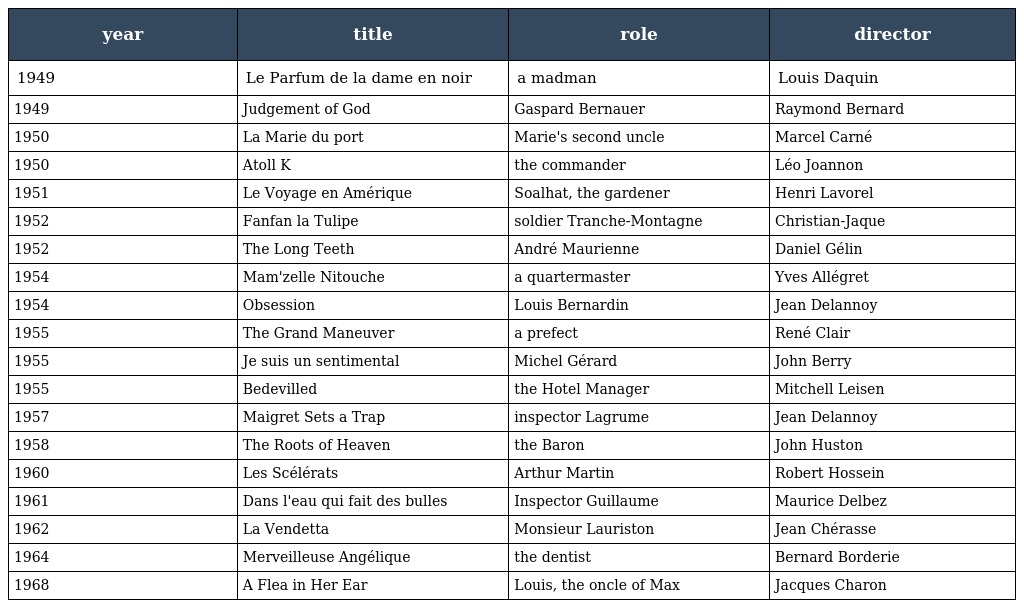
| year | title | role | director |
 | --- | --- | --- | --- |
 | 1949 | Le Parfum de la dame en noir | a madman | Louis Daquin |
 | 1949 | Judgement of God | Gaspard Bernauer | Raymond Bernard |
 | 1950 | La Marie du port | Marie's second uncle | Marcel Carné |
 | 1950 | Atoll K | the commander | Léo Joannon |
 | 1951 | Le Voyage en Amérique | Soalhat, the gardener | Henri Lavorel |
 | 1952 | Fanfan la Tulipe | soldier Tranche-Montagne | Christian-Jaque |
 | 1952 | The Long Teeth | André Maurienne | Daniel Gélin |
 | 1954 | Mam'zelle Nitouche | a quartermaster | Yves Allégret |
 | 1954 | Obsession | Louis Bernardin | Jean Delannoy |
 | 1955 | The Grand Maneuver | a prefect | René Clair |
 | 1955 | Je suis un sentimental | Michel Gérard | John Berry |
 | 1955 | Bedevilled | the Hotel Manager | Mitchell Leisen |
 | 1957 | Maigret Sets a Trap | inspector Lagrume | Jean Delannoy |
 | 1958 | The Roots of Heaven | the Baron | John Huston |
 | 1960 | Les Scélérats | Arthur Martin | Robert Hossein |
 | 1961 | Dans l'eau qui fait des bulles | Inspector Guillaume | Maurice Delbez |
 | 1962 | La Vendetta | Monsieur Lauriston | Jean Chérasse |
 | 1964 | Merveilleuse Angélique | the dentist | Bernard Borderie |
 | 1968 | A Flea in Her Ear | Louis, the oncle of Max | Jacques Charon |